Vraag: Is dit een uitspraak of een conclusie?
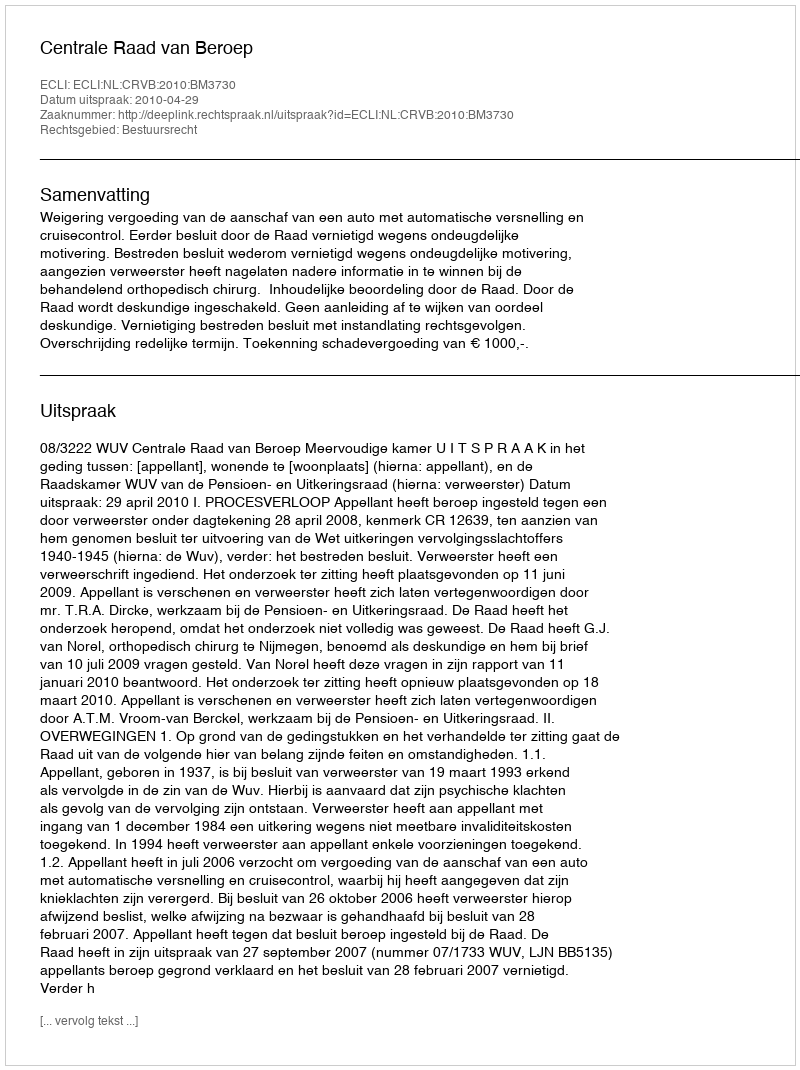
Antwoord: Uitspraak